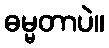
ဓမ္မတာပဲ။